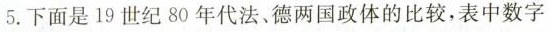
5.下面是19世纪80年代法、德两国政体的比较，表中数字